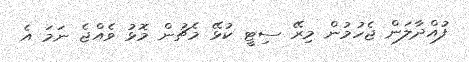
ފުއްދާލަން ޖެހުމުން މިރޭ ސިޓީ ކުޅޭ މެޗުން މޮޅު ވެއްޖެ ނަމަ އެ